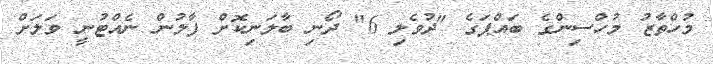
މުހްތާޒު މުހްސިންގެ ބައްޕަގެ "ދުވެލި 6" ދޯނި ބާލަނިކޮށް ފާލުން ނެއްޓުނީ ވަލަށް